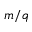
m / q